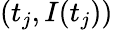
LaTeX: (t_{j},I(t_{j}))